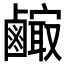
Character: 𪉼